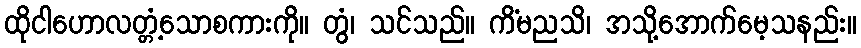
ထိုငါဟောလတ္တံ့သောစကားကို။ တွံ၊ သင်သည်။ ကိံမညသိ၊ အသို့အောက်မေ့သနည်း။